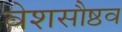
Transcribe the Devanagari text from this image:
वेशसौष्ठव